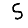
Digit: 5